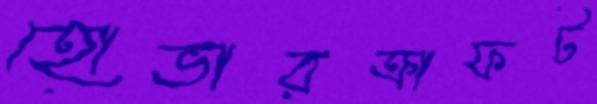
হোভারক্রাফট